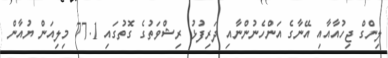
ލިންގް ޖިހުއާއާއި އޭނާގެ އަންހެނުންނާއި ދަރިފުޅު ރިޝްވަތުގެ ގޮތުގައި 77.1 މިލިއަން ޔުއާން